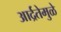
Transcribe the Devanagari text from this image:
आर्द्रतेमुळे